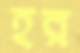
হর